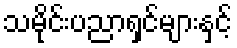
သမိုင်းပညာရှင်များနှင့်